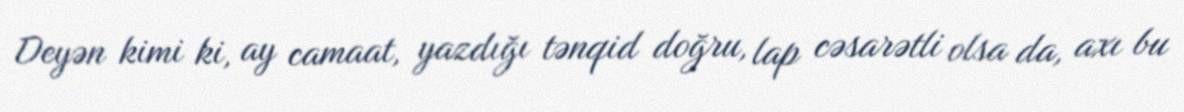
Deyən kimi ki, ay camaat, yazdığı tənqid doğru, lap cəsarətli olsa da, axı bu